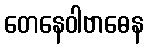
တေနေဝါဗာဓေန